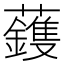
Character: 𮓈